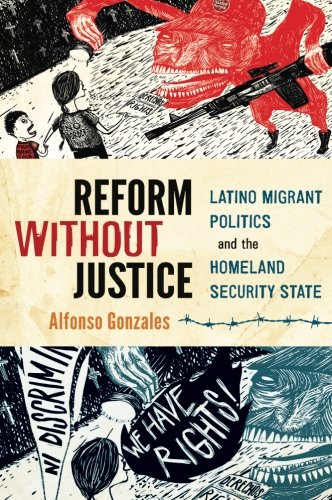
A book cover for Reform Without Justice: Latino Migrant Politics and the Homeland Security State; Alfonso Gonzales; Politics & Social Sciences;